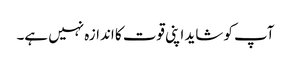
آپ کو شاید اپنی قوت کا اندازہ نہیں ہے۔